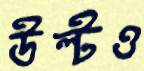
উল্‌টও